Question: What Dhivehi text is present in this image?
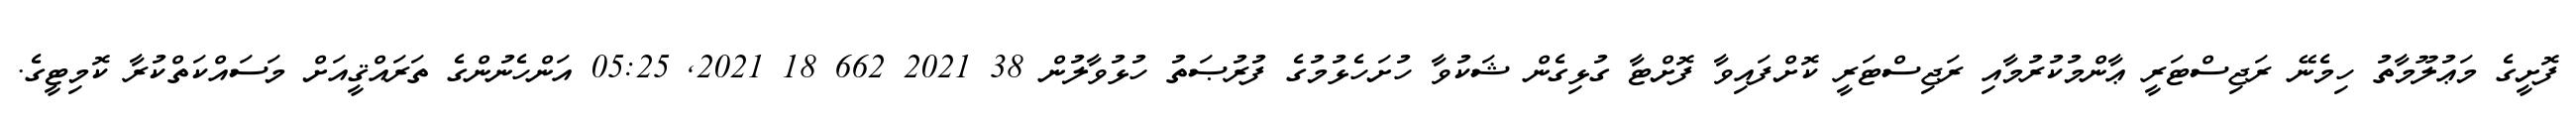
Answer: ފޮށީގެ މަޢުލޫމާތު ހިމެނޭ ރަޖިސްޓަރީ ޢާންމުކުރުމާއި ރަޖިސްޓަރީ ކޮށްފައިވާ ފޮށްޓާ ގުޅިގެން ޝަކުވާ ހުށަހެޅުމުގެ ފުރުޞަތު ހުޅުވާލުން 38 2021 662 18 2021, 05:25 އަންހެނުންގެ ތަރައްޤީއަށް މަސައްކަތްކުރާ ކޮމިޓީގެ.